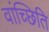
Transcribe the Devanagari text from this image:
वांच्छिति